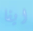
ايفا